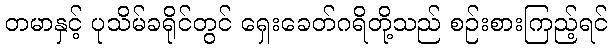
တမာနှင့် ပုသိမ်ခရိုင်တွင် ရှေးခေတ်ဂရိတို့သည် စဉ်းစားကြည့်ရင်